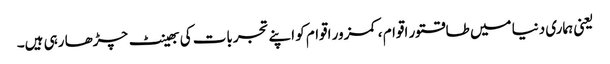
یعنی ہماری دنیا میں طاقتور اقوام ، کمزور اقوام کو اپنے تجربات کی بھینٹ چڑھا رہی ہیں۔